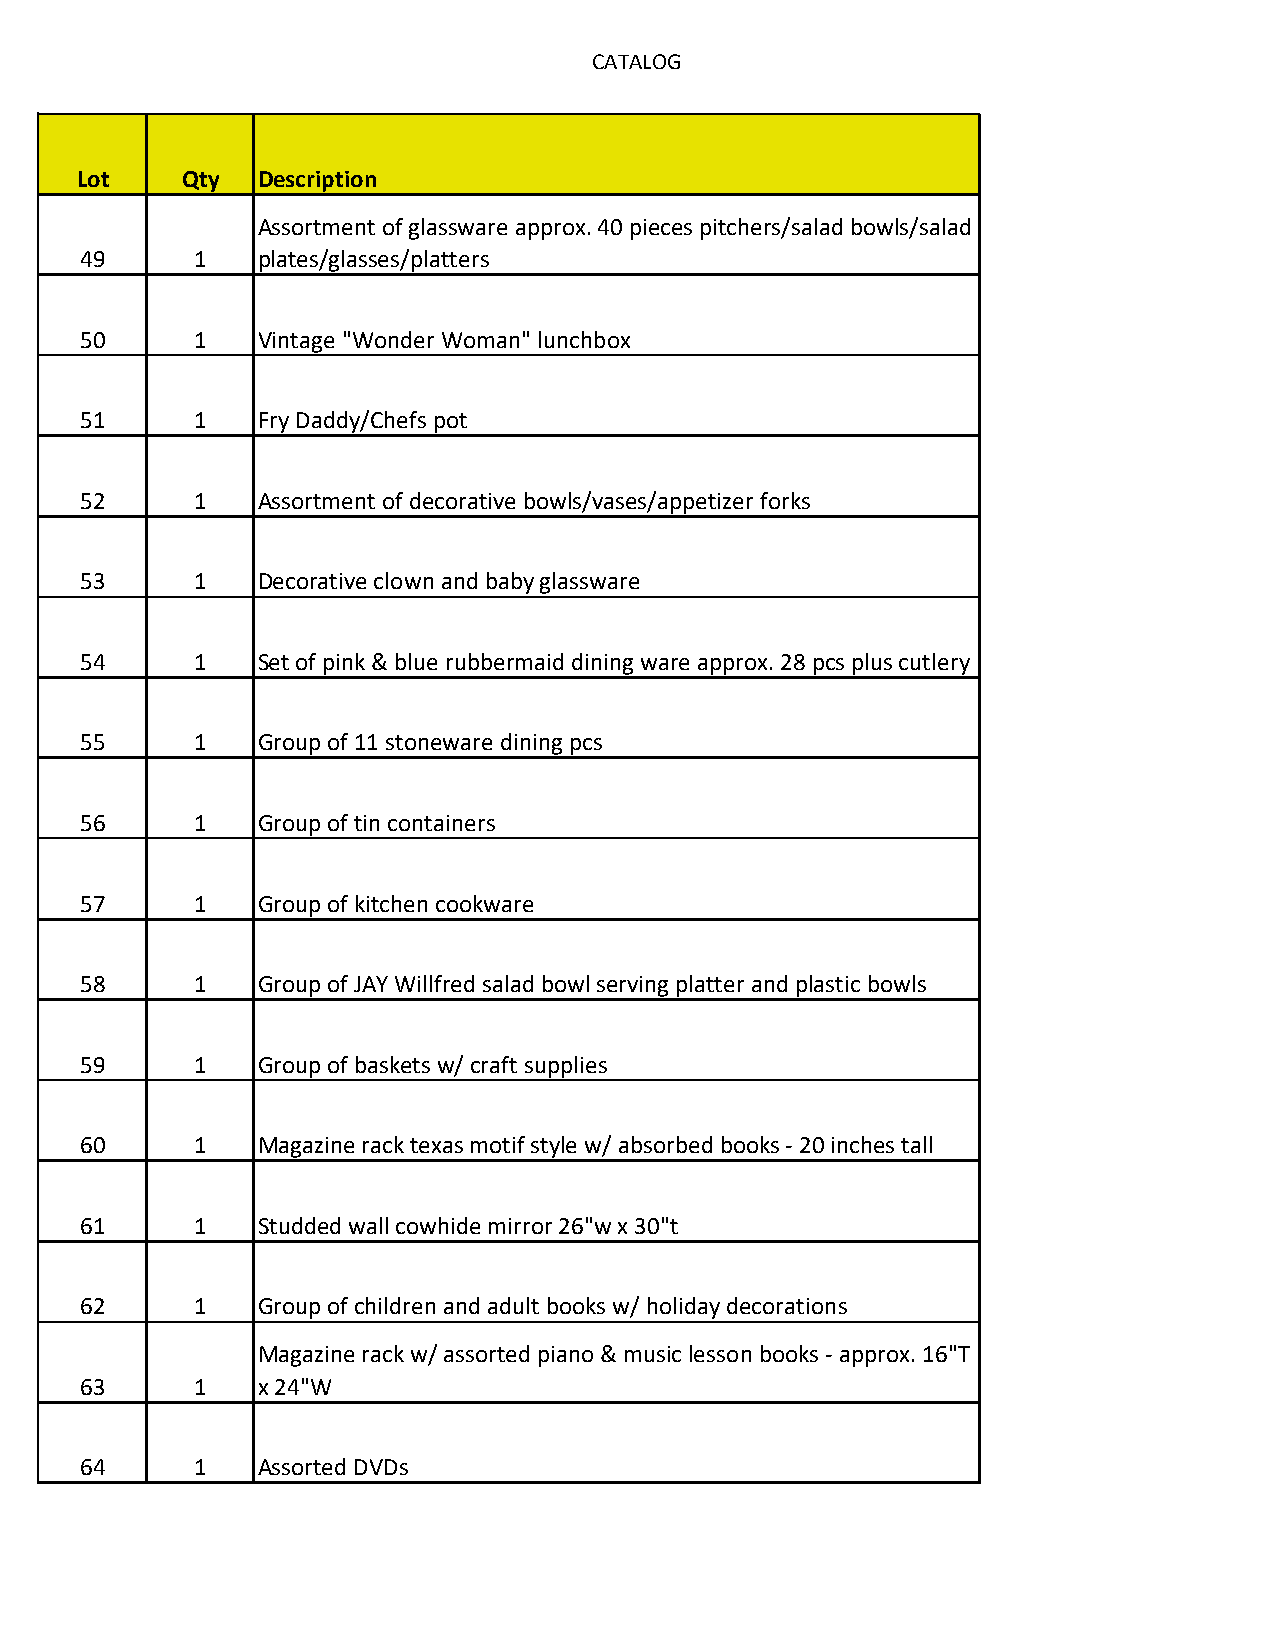
CATALOG
 Lot    Qty  Description
 Assortment of glassware approx. 40 pieces pitchers/salad bowls/salad
 49      1   plates/glasses/platters
 50      1   Vintage "Wonder Woman" lunchbox
 51      1   Fry Daddy/Chefs pot
 52      1   Assortment of decorative bowls/vases/appetizer forks
 53      1   Decorative clown and baby glassware
 54      1   Set of pink & blue rubbermaid dining ware approx. 28 pcs plus cutlery
 55      1   Group of 11 stoneware dining pcs
 56      1   Group of tin containers
 57      1   Group of kitchen cookware
 58      1   Group of JAY Willfred salad bowl serving platter and plastic bowls
 59      1   Group of baskets w/ craft supplies
 60      1   Magazine rack texas motif style w/ absorbed books - 20 inches tall
 61      1   Studded wall cowhide mirror 26"w x 30"t
 62      1   Group of children and adult books w/ holiday decorations
 Magazine rack w/ assorted piano & music lesson books - approx. 16"T
 63      1   x 24"W
 64      1   Assorted DVDs